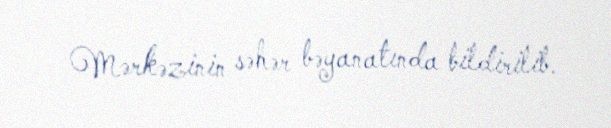
Mərkəzinin səhər bəyanatında bildirilib.